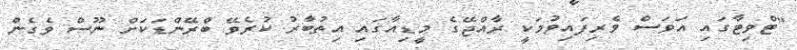
"ޓްވިޓާގައި އަވަސް ވެރިފައިވުމަކީ ރާއްޖޭގެ މީޑިއާގައި އިތުބާރު ކުރެވޭ ބްރޭންޑަކަށް ނޫސް ވެގެން